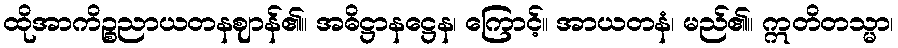
ထိုအာကိဉ္စညာယတနဈာန်၏။ အဓိဋ္ဌာနဋ္ဌေန၊ ကြောင့်။ အာယတနံ၊ မည်၏။ ဣတိတသ္မာ၊